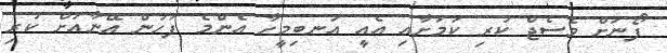
ފޯނަށް މެސެޖް ކުރި ކަމަށާއި އެއީ އަނބިމީހާ އެންމެ ފަހުން އޭނާއަށް ކުރި